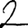
Digit: 2